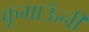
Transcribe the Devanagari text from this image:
कूमाऊँनी